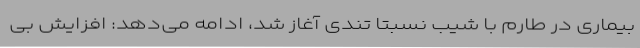
بیماری در طارم با شیب نسبتا تندی آغاز شد، ادامه می‌دهد: افزایش بی